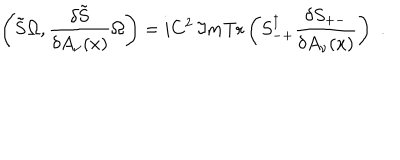
LaTeX: \left( \tilde { \bf S } \Omega , \frac { \delta \tilde { \bf S } } { \delta A _ { \nu } ( x ) } \Omega \right) = i C ^ { 2 } \, \Im m \mathrm { T r } \left( S _ { - + } ^ { \dagger } \frac { \delta S _ { + - } } { \delta A _ { \nu } ( x ) } \right) \, \, .